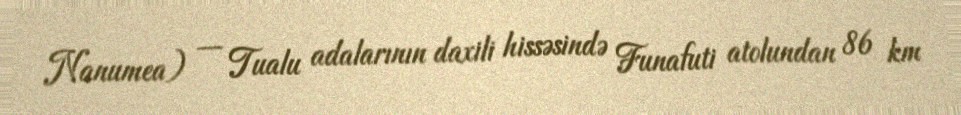
Nanumea) — Tualu adalarının daxili hissəsində Funafuti atolundan 86 km